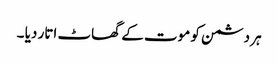
ہر دشمن کو موت کے گھاٹ اتار دیا ۔